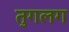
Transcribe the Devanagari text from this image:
तुगलग